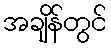
အချိန်တွင်